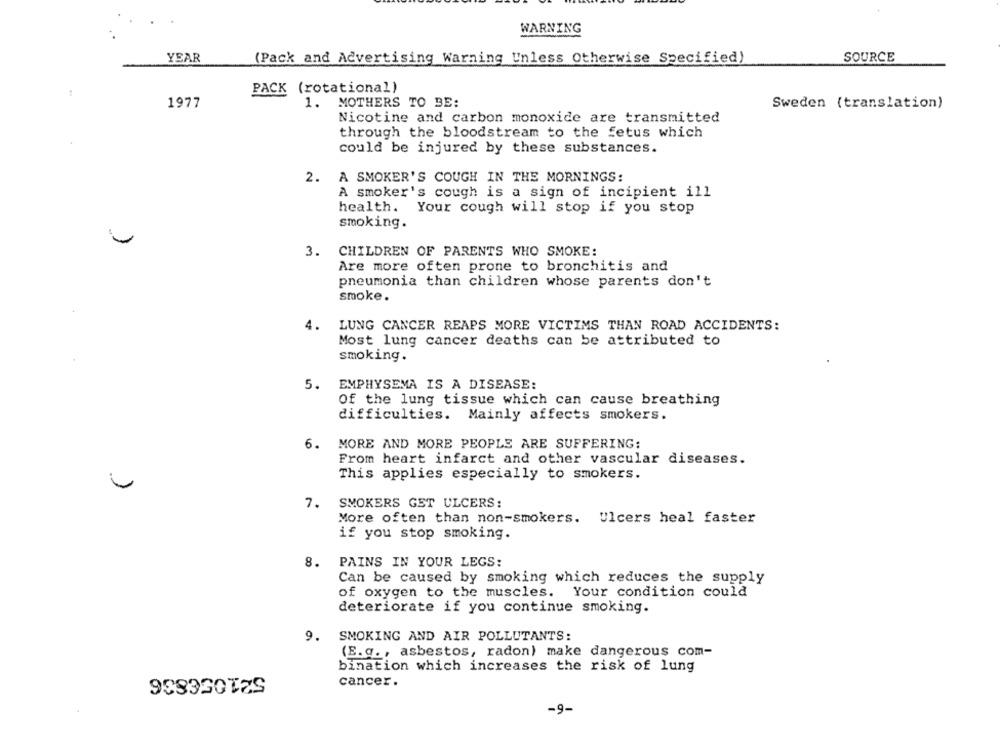
WARNING
YEAR
(Pack and Advertising Warning Unless Otherwise Specified)
SOURCE
PACK (rotational)
1977
1. MOTHERS TO BE:
Sweden (translation)
Nicotine and carbon monoxide are transmitted
through the bloodstream to the fetus which
could be injured by these substances.
2. A SMOKER'S COUGH IN THE MORNINGS:
A smoker's cough is a sign of incipient ill
health. Your cough will stop if you stop
smoking.
3.
CHILDREN OF PARENTS WHO SMOKE:
Are more often prone to bronchitis and
pneumonia than children whose parents don't
smoke.
4.
LUNG CANCER REAPS MORE VICTIMS THAN ROAD ACCIDENTS:
Most lung cancer deaths can be attributed to
smoking.
EMPHYSEMA IS A DISEASE:
Of the lung tissue which can cause breathing
difficulties. Mainly affects smokers.
6.
MORE AND MORE PEOPLE ARE SUFFERING:
From heart infarct and other vascular diseases.
This applies especially to smokers.
7. SMOKERS GET ULCERS:
More often than non-smokers. Ulcers heal faster
if you stop smoking.
8.
PAINS IN YOUR LEGS:
Can be caused by smoking which reduces the supply
of oxygen to the muscles. Your condition could
deteriorate if you continue smoking.
9. SMOKING AND AIR POLLUTANTS:
(E.g ., asbestos, radon) make dangerous com-
bination which increases the risk of lung
521056836
cancer.
-9-